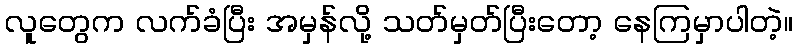
လူတွေက လက်ခံပြီး အမှန်လို့ သတ်မှတ်ပြီးတော့ နေကြမှာပါတဲ့။